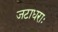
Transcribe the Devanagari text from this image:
जटाधराः